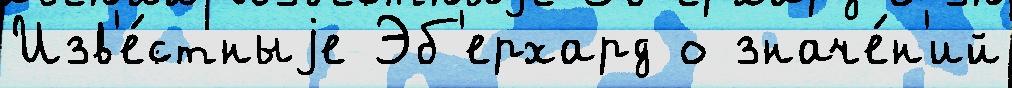
Изв'е́стныjе Эб'ерхард о значе́н'ий